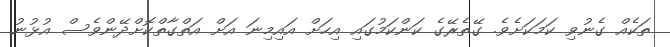
ތަކެއް ގެނުވި ކަމަކަށެވެ. ގޭތެރޭގެ ކަންކަމުގައި އިހަށް އައިމިނަ އަށް އަތްގާތްކޮށްދޭންވެސް އުޅުނު